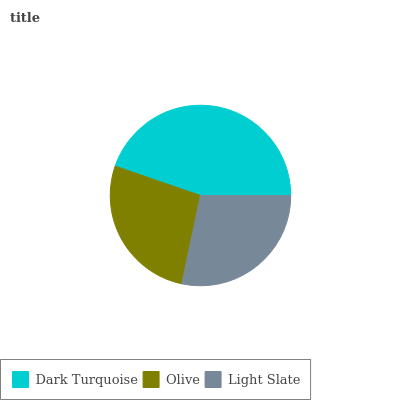
| Dark Turquoise | Olive | Light Slate |
 | --- | --- | --- |
 | 44.7% | 26.9% | 28.3% |